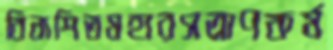
বিনাশিতমহারসত্রাণকর্ম